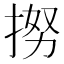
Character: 𢭵